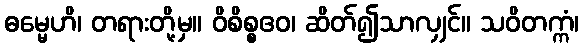
ဓမ္မေဟိ၊ တရားတို့မှ။ ဝိစိစ္စဧဝ၊ ဆိတ်၍သာလျှင်။ သဝိတက္ကံ၊